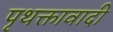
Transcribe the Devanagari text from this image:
पृथक्तावादी